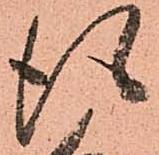
得